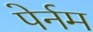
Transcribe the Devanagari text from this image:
पेर्नम